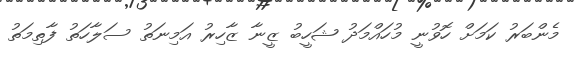
މެންބަރު ކަމަށް ހޮވުނީ މުހައްމަދު ޝަހީބު ޒީނާ ޒާހިރު އަމިނަތު ސަލާހަތު ފާތިމަތު